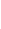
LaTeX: \! \! \! \! \! \! \! \! \! \! \! \operatorname*{det}\! \! \! \! \! \! \! \! \! \! \! \! \! \! \! \! \! \! \! \! \! \! \! \! (\! \! \! \! \! \! \! \! \! \! \! \! B\! \! \! \! \! \! \! \! \! \! \! \! (\! \! \! \! \! \! \! \! \! \! \! \! \mathbf{x}\! \! \! \! \! \! \! \! \! \! \! \! )\! \! \! \! \! \! \! \! \! \! \! \! \! \! \! \! \! \! \! \! \! \! \! \! |\! \! \! \! \! \! \! \! \! \! \! \! A\! \! \! \! \! \! \! \! \! \! \! \! (\! \! \! \! \! \! \! \! \! \! \! \! \mathbf{x}\! \! \! \! \! \! \! \! \! \! \! \! )\! \! \! \! \! \! \! \! \! \! \! \! \! \! \! \! \! \! \! \! \! \! \! \! )\! \! \! \! \! \! \! \! \! \! \! \! \neq\! \! \! \! \! \! \! \! \! \! \! \! 0\! \! \! \! \! \! \! \! \! \! \!